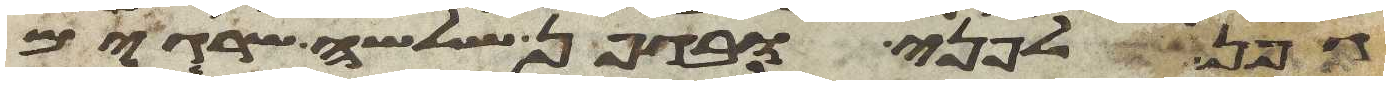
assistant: גפן לפני ובגפן שלשה שרוגים